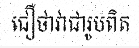
ជឿថាវាជារូបពិត